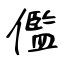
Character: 儖